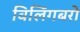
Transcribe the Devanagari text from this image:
विलिंगबरो